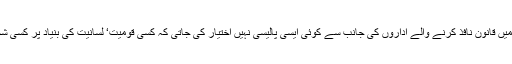
انہوں نے کہا کہ پاکستان میں قانون نافذ کرنے والے اداروں کی جانب سے کوئی ایسی پالیسی نہیں اختیار کی جاتی کہ کسی قومیت‘ لسانیت کی بنیاد پر کسی شخص کو نشانہ بنایا جائے۔